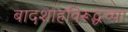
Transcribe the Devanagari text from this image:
बादशाहविरूद्धच्या